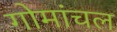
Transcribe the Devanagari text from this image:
गोमांचल